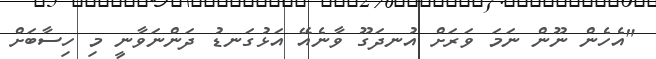
"އެހެން ނޫން ނަމަ ވަރަށް އުނދަގޫ ވާނެއޭ އަޅުގަނޑު ދަންނަވާނީ މި ހިސާބަށް